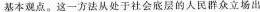
基本观点。这一方法从处于社会底层的人民群众立场出